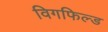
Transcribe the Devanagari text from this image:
विगफिल्ड